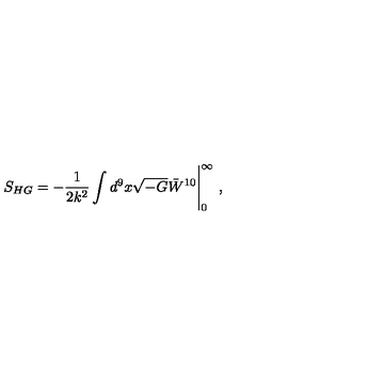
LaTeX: S _ { H G } = - \frac { 1 } { 2 k ^ { 2 } } \int d ^ { 9 } x \sqrt { - G } \bar { W } ^ { 1 0 } \Bigg | _ { 0 } ^ { \infty } \ ,